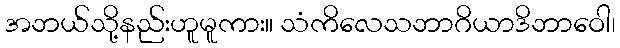
အဘယ်သို့နည်းဟူမူကား။ သံကိလေသဘာဂိယာဒိဘာဝေါ၊